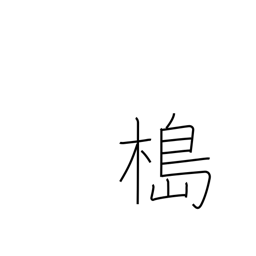
Meaning: mooring pole